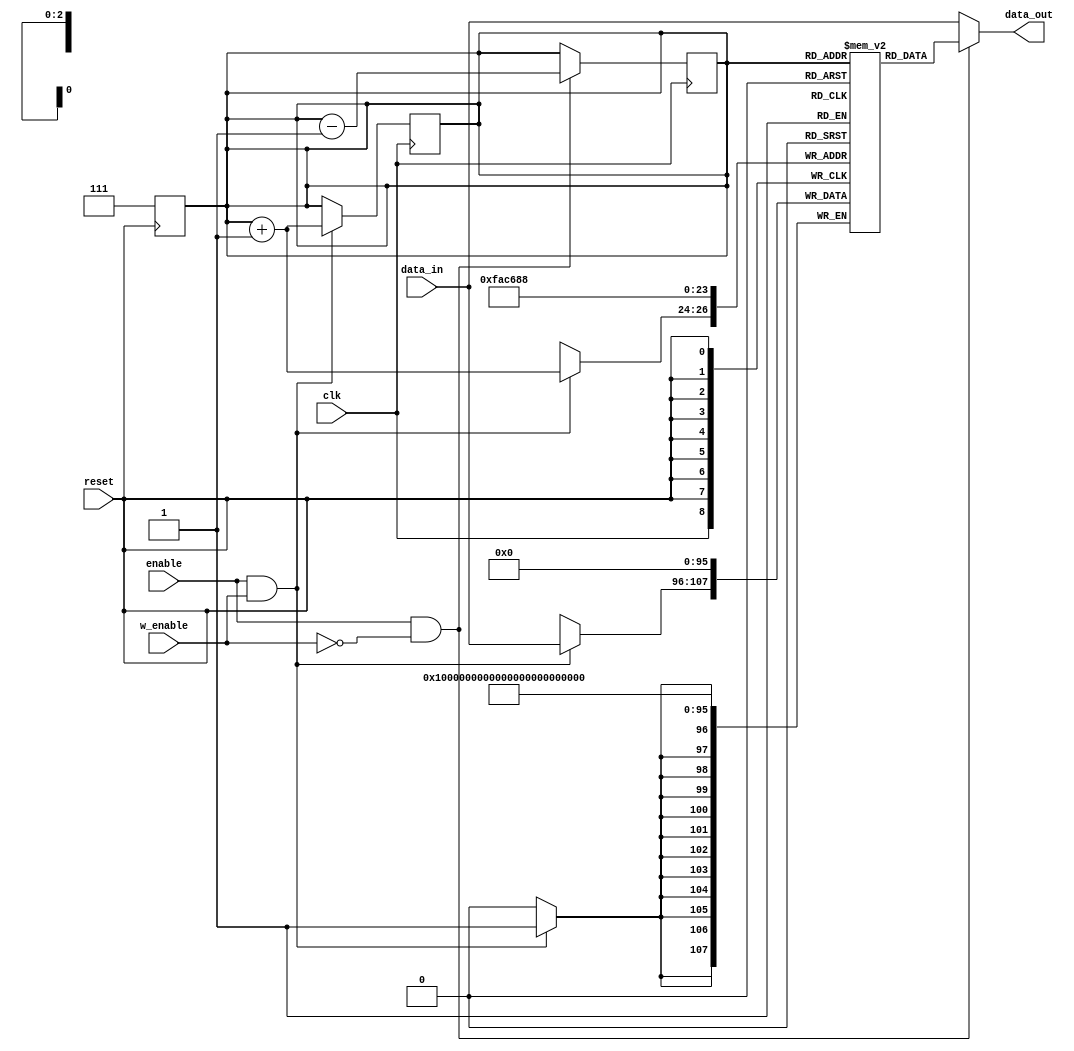
module stack (
    input clk,
    input reset,
    input enable,
    input w_enable,
    input [11:0] data_in,
    output [11:0] data_out
);

    reg [11:0] stack [8];
    reg [2:0] n;

    assign data_out = enable && !w_enable? stack[n]: data_in;

    always @(posedge ~clk)
    begin

        // pop
        if (enable && !w_enable)
        begin   
            n = n-1;
        end
    end

    always @(posedge clk)
    begin
        // push
        if (enable && w_enable)
        begin
            n = n+1;
            stack[n] = data_in;
        end
    end

    always @(posedge reset)
    begin
        if (reset)
        begin
            n = 3'h7;
            stack[0] = 12'h0_00;
            stack[1] = 12'h0_00;
            stack[2] = 12'h0_00;
            stack[3] = 12'h0_00;
            stack[4] = 12'h0_00;
            stack[5] = 12'h0_00;
            stack[6] = 12'h0_00;
            stack[7] = 12'h0_00;
        end
    end

endmodule